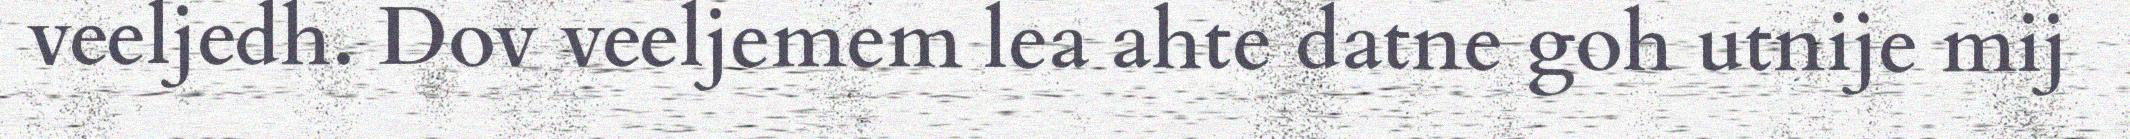
veeljedh. Dov veeljemem lea ahte datne goh utnije mij